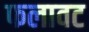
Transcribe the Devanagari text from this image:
फलावट